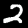
Digit: 2